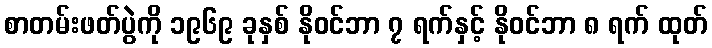
စာတမ်းဖတ်ပွဲကို ၁၉၆၉ ခုနှစ် နိုဝင်ဘာ ၇ ရက်နှင့် နိုဝင်ဘာ ၈ ရက် ထုတ်